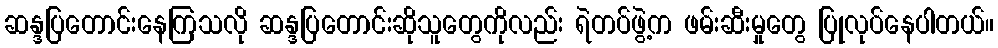
ဆန္ဒပြတောင်းနေကြသလို ဆန္ဒပြတောင်းဆိုသူတွေကိုလည်း ရဲတပ်ဖွဲ့က ဖမ်းဆီးမှုတွေ ပြုလုပ်နေပါတယ်။